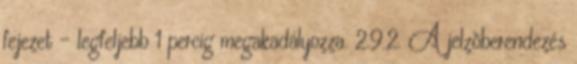
fejezet - legfeljebb 1 percig megakadályozza. 2.9.2. A jelzõberendezés